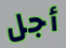
أجل